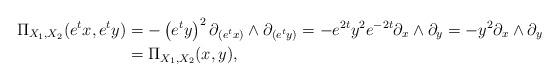
LaTeX: \begin{align*}\Pi_{X_1,X_2}(e^{t}x,e^{t}y)&= - \left( e^{t}y \right)^{2} \partial_{(e^{t}x)} \wedge \partial_{(e^{t}y)}=-e^{2t}y^{2}e^{-2t}\partial_{x} \wedge \partial_{y}= - y^2 \partial_x \wedge \partial_y \\&= \Pi_{X_1,X_2}(x,y),\end{align*}